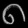
Digit: ၈